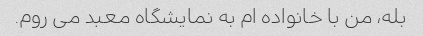
بله، من با خانواده ام به نمایشگاه معبد می روم.